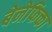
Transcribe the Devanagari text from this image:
बेनेफिका